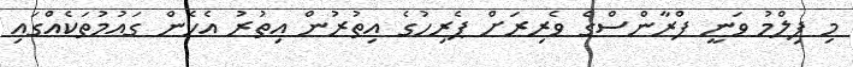
މި ފިލްމު ވަނީ ފްރާންސްގެ ވެރިރަށް ޕެރިހުގެ އިތުރުން އިތުރު އެހެން ގައުމުތަކެއްގައި